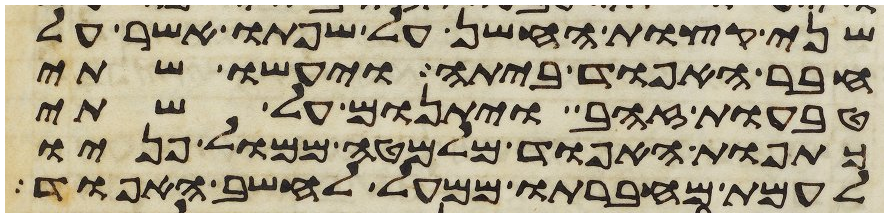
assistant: שני קצות החשן על שפתו אשר על
חבר האפוד ביתה ויעשו שתי
טבעות זהב ויתנום על שתי
כתפות האפוד מלמטה ממול פניו
לעמת מחברתו ממעל לחשב האפוד